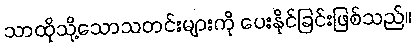
သာထိုသို့သောသတင်းများကို ပေးနိုင်ခြင်းဖြစ်သည်။